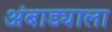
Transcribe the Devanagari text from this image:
अंबाड्याला